Civil Veterinary Dept. Bombay admin report 1923-31 - 1923-1931
Year: 1923
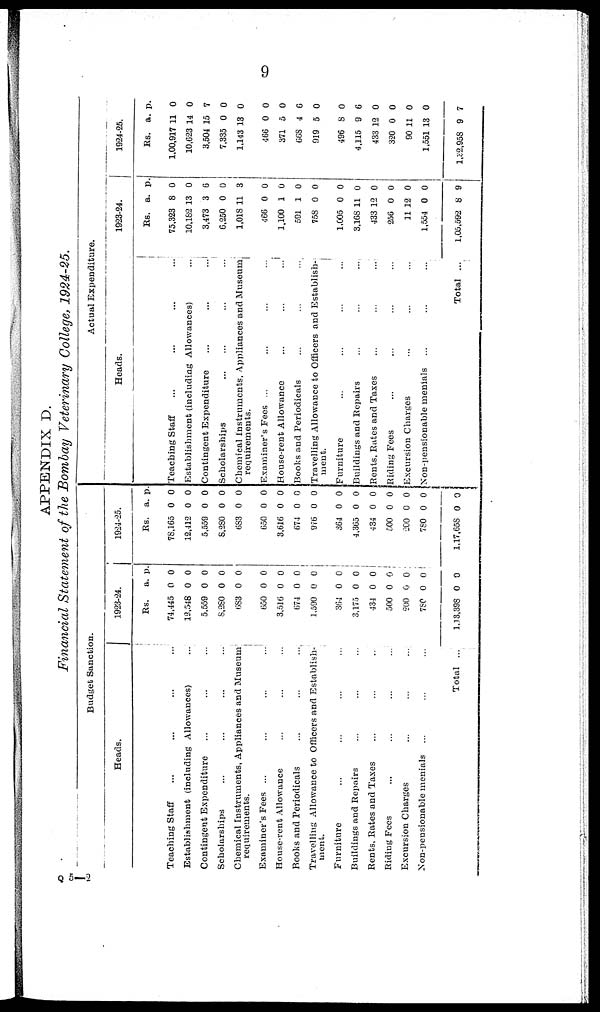
9
APPENDIX D.
Financial Statement of the Bombay Veterinary College, 1924-25.
Budget Sanction.
Heads.
Teaching Staff ... ... ... ...
Establishment (including Allowances) ...
Contingent Expenditure ... ... ...
Scholarships ... ... ... ...
Chemical Instruments, Appliances and Museum
requirements.
Examiner's Fees ... ... ... ...
House-vent Allowance ... ... ...
Books and Periodicals ... ... ...
Travelling Allowance to Officers and Establish-
ment.
Furniture ... ... ... ...
Buildings and Repairs ... ... ...
Rents, Rates and Taxes ... ... ...
Riding Fees ... ... ... ...
Excursion Charges ... ... ...
Non-peusionable menials ... ... ...
Total ...
1923-24.
Rs.
74,445
13,548
5,559
8,280
683
650
3,510
674
1,590
864
3,175
434
500
500
780
1,13,398
a.
0
0
0
0
0
0
0
0
0
0
0
0
0
0
0
0
p.
0
0
0
0
0
0
0
0
0
0
0
0
0
0
0
0
1924-25.
Rs.
78,165
12,412
5,559
8,280
683
650
3,616
674
976
364
4,365
434
500
200
780
1,17,658
a.
0
0
0
0
0
0
0
0
0
0
0
0
0
0
0
0
p.
0
0
0
0
0
0
0
0
0
0
0
0
0
0
0
0
Actual Expenditure
Heads.
Teaching Staff ... ... ... ...
Establishment (including Allowances) ...
Contingent Expenditure
...
...
...
Scholarships ... ... ... ...
Chemical Instruments, Appliances and Museum
requirements.
Examiner's Fees ... ... ... ...
House-rent Allowance ... ... ...
Books and Periodicals ... ... ...
Travelling Allowance to Officers and Establish-
ment.
Furniture ... ... ... ...
Buildings and Repairs ... ... ...
Rents, Rates and Taxes ... ... ...
Riding Fees ... ... ... ...
Excursion Charges ... ... ...
Non-pensionable menials ... ... ...
Total ...
1923-24.
Rs.
75,323
10,182
3,473
6,250
1,018
466
1,100
591
75S
1,005
3,168
433 1
256
11 1
1,554
1,05,592
a.
8
13
3
0
11
0
1
1
0
0
11
2
0
2
0
8
p.
0
0
6
0
3
0
0
0
0
0
0
0
0
0
0
9
1924-25.
Rs.
1,00,917
10,623
3,504
7,335
1,143
466
371
668
919
496
4,115
433 1
320
90 1
1,551
1,32,958
a.
11
14
15
0
13
0
5
4
5
8
9
2
0
1
13
9
p.
0
0
7
0
0
0
0
6
0
0
6
0
0
0
0
7
Q 5—2